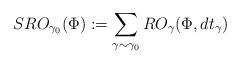
LaTeX: \begin{align*} SRO_{\gamma_0}(\Phi):=\sum_{\gamma \sim \gamma_0}RO_{\gamma}(\Phi,dt_{\gamma})\end{align*}